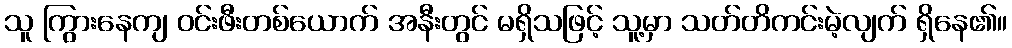
သူ ကြွားနေကျ ဝင်းဖီးတစ်ယောက် အနီးတွင် မရှိသဖြင့် သူ့မှာ သတ်တိကင်းမဲ့လျက် ရှိနေ၏။